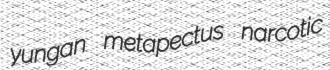
yungan metapectus narcotic